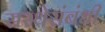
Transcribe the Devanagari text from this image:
सस्थेसंबंधी